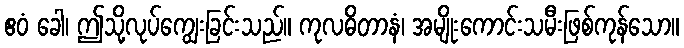
ဧဝံ ခေါ၊ ဤသို့လုပ်ကျွေးခြင်းသည်။ ကုလဓိတာနံ၊ အမျိုးကောင်းသမီးဖြစ်ကုန်သော။